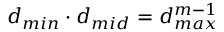
d _ { m i n } \cdot d _ { m i d } = d _ { m a x } ^ { m - 1 }